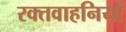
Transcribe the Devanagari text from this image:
रक्तवाहनियों